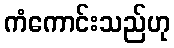
ကံကောင်းသည်ဟု